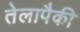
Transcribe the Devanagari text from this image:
तेलापैकी